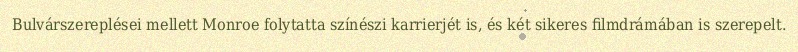
Bulvárszereplései mellett Monroe folytatta színészi karrierjét is, és két sikeres filmdrámában is szerepelt.